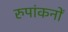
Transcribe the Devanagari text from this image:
रुपांकनों